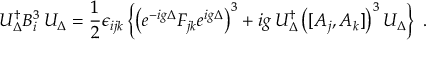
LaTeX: { \cal U } _ { \Delta } ^ { \dagger } B _ { i } ^ { 3 } \, { \cal U } _ { \Delta } = \frac { 1 } { 2 } \epsilon _ { i j k } \left\{ \left( e ^ { - i g \Delta } F _ { j k } e ^ { i g \Delta } \right) ^ { 3 } + i g \, { \cal U } _ { \Delta } ^ { \dagger } \left( [ A _ { j } , A _ { k } ] \right) ^ { 3 } { \cal U } _ { \Delta } \right\} \ .